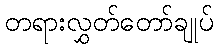
တရားလွှတ်တော်ချုပ်